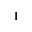
1